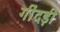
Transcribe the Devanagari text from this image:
गींदड़ी